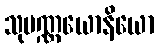
သုပဏ္ဏယောနိယော